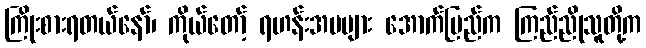
ကြိုးစားရတယ်နော်၊ ကိုယ်တော့် ရဟန်းအမများ အောက်ပြည်က ကြည်ညိုသူတို့က